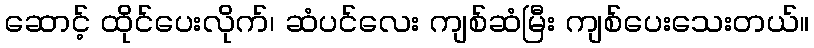
ဆောင့် ထိုင်ပေးလိုက်၊ ဆံပင်လေး ကျစ်ဆံမြီး ကျစ်ပေးသေးတယ်။